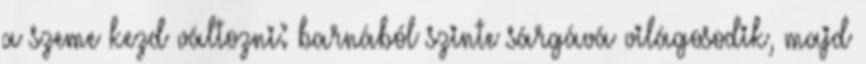
a szeme kezd változni: barnából szinte sárgává világosodik, majd